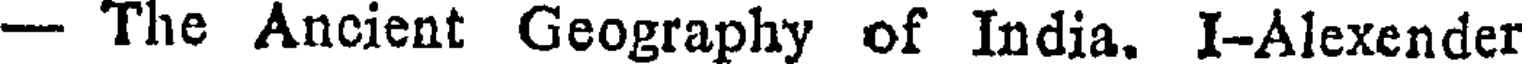
- The Ancient Geography of India. I-Alexender